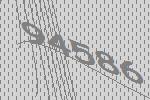
94586